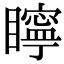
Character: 矃